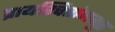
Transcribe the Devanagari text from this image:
प्रायश्चित्तांगभूत